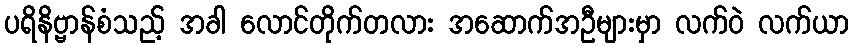
ပရိနိဗ္ဗာန်စံသည့် အခါ လောင်တိုက်တလား အဆောက်အဦများမှာ လက်ဝဲ လက်ယာ